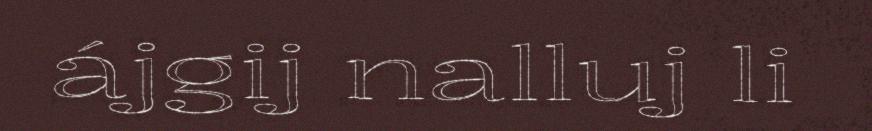
ájgij nalluj li